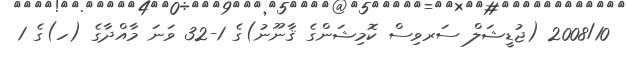
2008/10 (ޖުޑީޝަލް ސަރވިސް ކޮމިޝަންގެ ޤާނޫނު)ގެ 1-32 ވަނަ މާއްދާގެ (ހ)ގެ 1